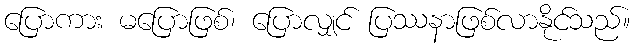
ပြောကား မပြောဖြစ်၊ ပြောလျှင် ပြဿနာဖြစ်လာနိုင်သည်။